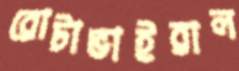
রোটাভাইরাল